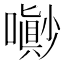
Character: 𡂌